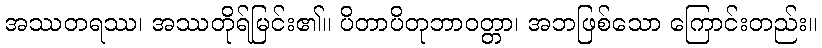
အဿတရဿ၊ အဿတိုရ်မြင်း၏။ ပိတာပိတုဘာဝတ္တာ၊ အဘဖြစ်သော ကြောင်းတည်း။